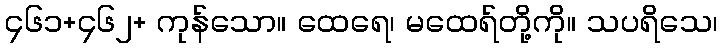
၄၆၁+၄၆၂+ ကုန်သော။ ထေရေ၊ မထေရ်တို့ကို။ သပရိသေ၊